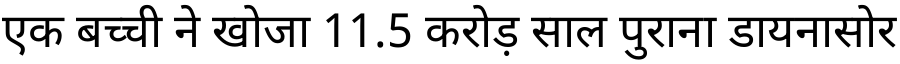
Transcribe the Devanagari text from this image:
एक बच्ची ने खोजा 11.5 करोड़ साल पुराना डायनासोर